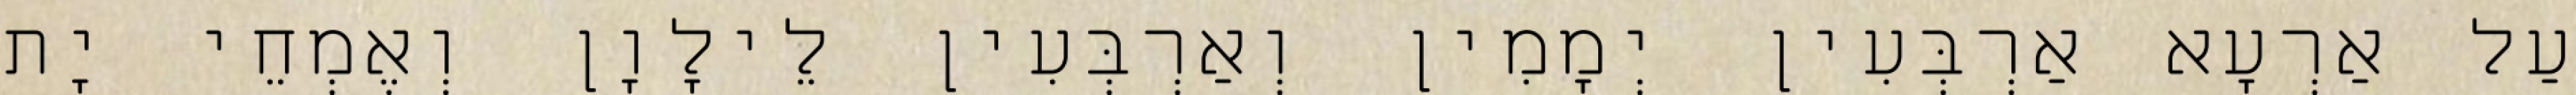
עַל אַרְעָא אַרְבְּעִין יְמָמִין וְאַרְבְּעִין לֵילָוָן וְאֶמְחֵי יָת